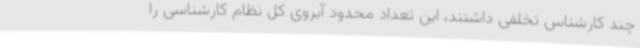
چند کارشناس تخلفی داشتند، این تعداد محدود آبروی کل نظام کارشناسی را